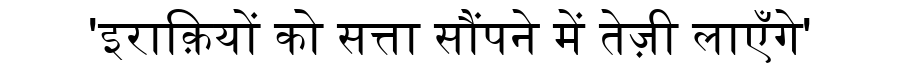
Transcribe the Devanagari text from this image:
'इराक़ियों को सत्ता सौंपने में तेज़ी लाएँगे'